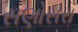
સણોસરા